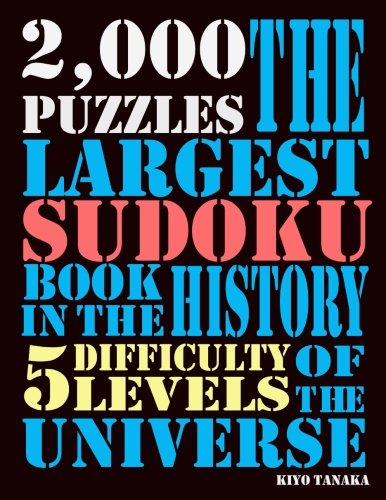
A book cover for The Largest Sudoku Book in the History of the Universe: 2000 Puzzles with 5 Difficulty Levels; Kiyo Tanaka; Humor & Entertainment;